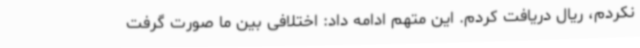
نکردم، ریال دریافت کردم. این متهم ادامه داد: اختلافی بین ما صورت گرفت